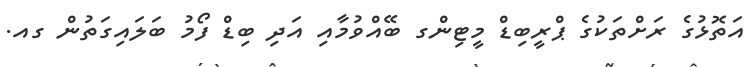
އަތޮޅުގެ ރަށްތަކުގެ ޕްރީބިޑް މީޓިންގ ބޭއްވުމާއި އަދި ބިޑް ފޯމު ބަލައިގަތުން ގއ.